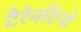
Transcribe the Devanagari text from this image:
टैरेनटिनो